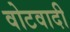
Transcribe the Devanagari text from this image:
वोटवादी